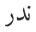
ندر